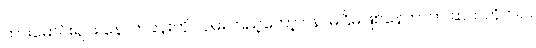
ကားမောင်းရင်း နောက်ခန်းကို လှမ်းကြည့်တော့ ဂနာမငြိမ်ဖြစ်နေတာက ဆက်တိုက်ပဲ။